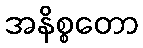
အနိစ္စတော